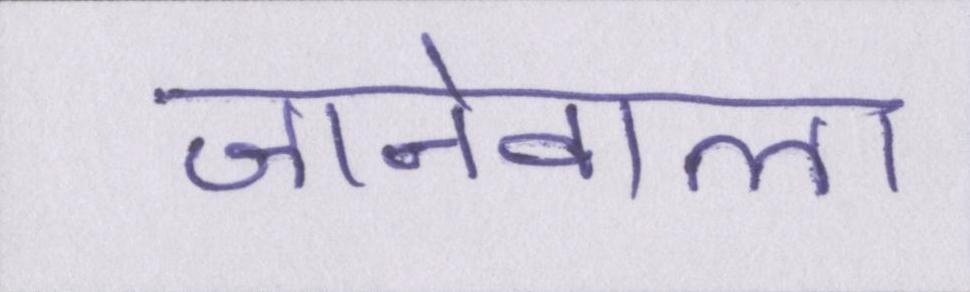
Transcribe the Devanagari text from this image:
जानेवाला